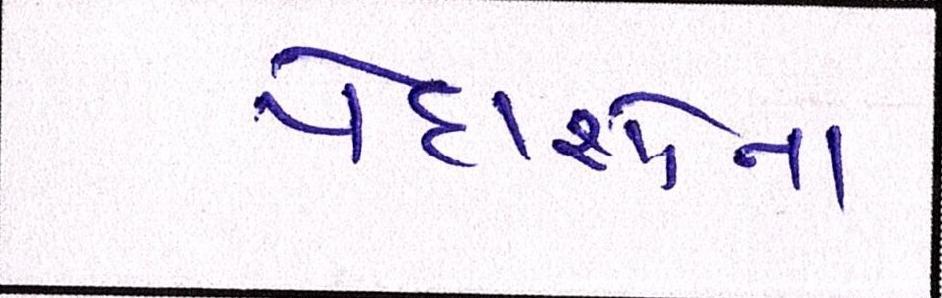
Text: પેદાશોનાં